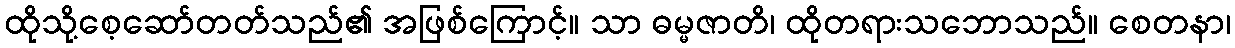
ထိုသို့စေ့ဆော်တတ်သည်၏ အဖြစ်ကြောင့်။ သာ ဓမ္မဇာတိ၊ ထိုတရားသဘောသည်။ စေတနာ၊